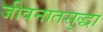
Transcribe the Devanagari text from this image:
जीवनातसुद्धा